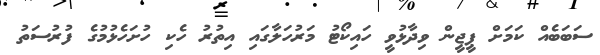
ސަބަބެއް ކަމަށް ޕީޖީން ވިދާޅުވީ ހައިކޯޓު މަރުހަލާގައި އިތުރު ހެކި ހުށަހެޅުމުގެ ފުރުސަތު